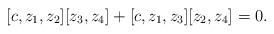
LaTeX: \begin{align*}[c, z_1, z_2][z_3, z_4] + [c, z_1, z_3] [z_2, z_4] = 0 .\end{align*}